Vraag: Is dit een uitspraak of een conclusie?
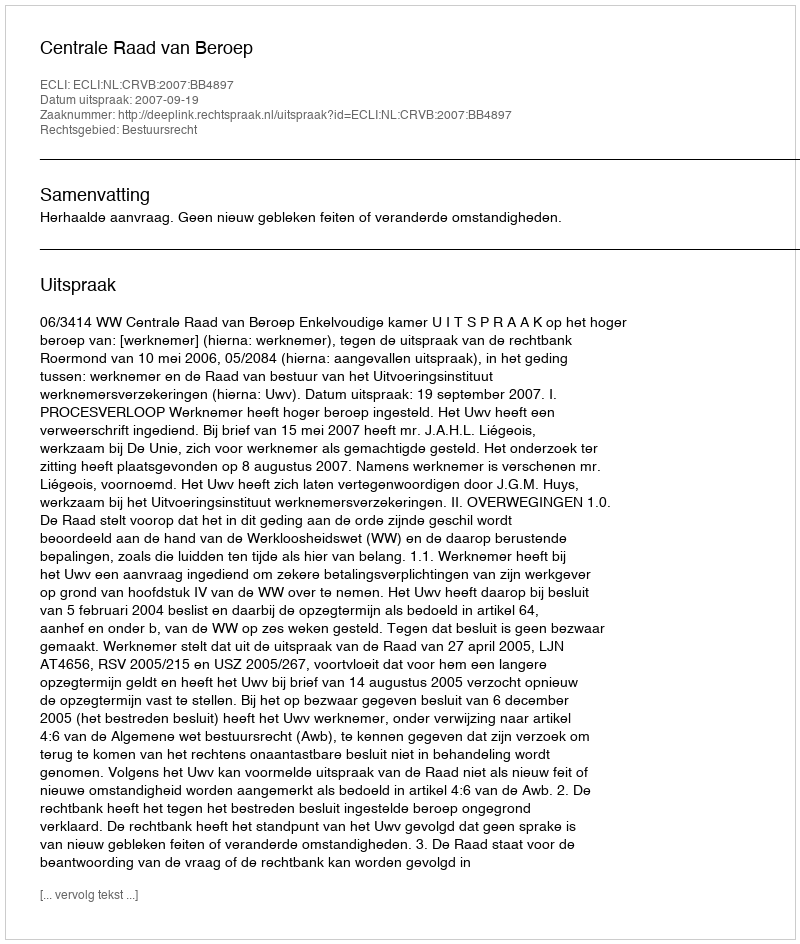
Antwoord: Uitspraak